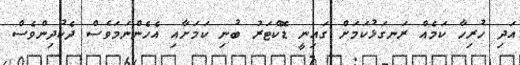
އަދި ހުރިހާ ކަމެއް ރަނގަޅުކަމަށް ގައިނީ ޑޮކްޓަރު ބުނި ކަމަށާއި އެހެންނަމަވެސް ދެކުދިންވެސް